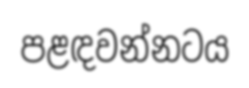
පළඳවන්නටය